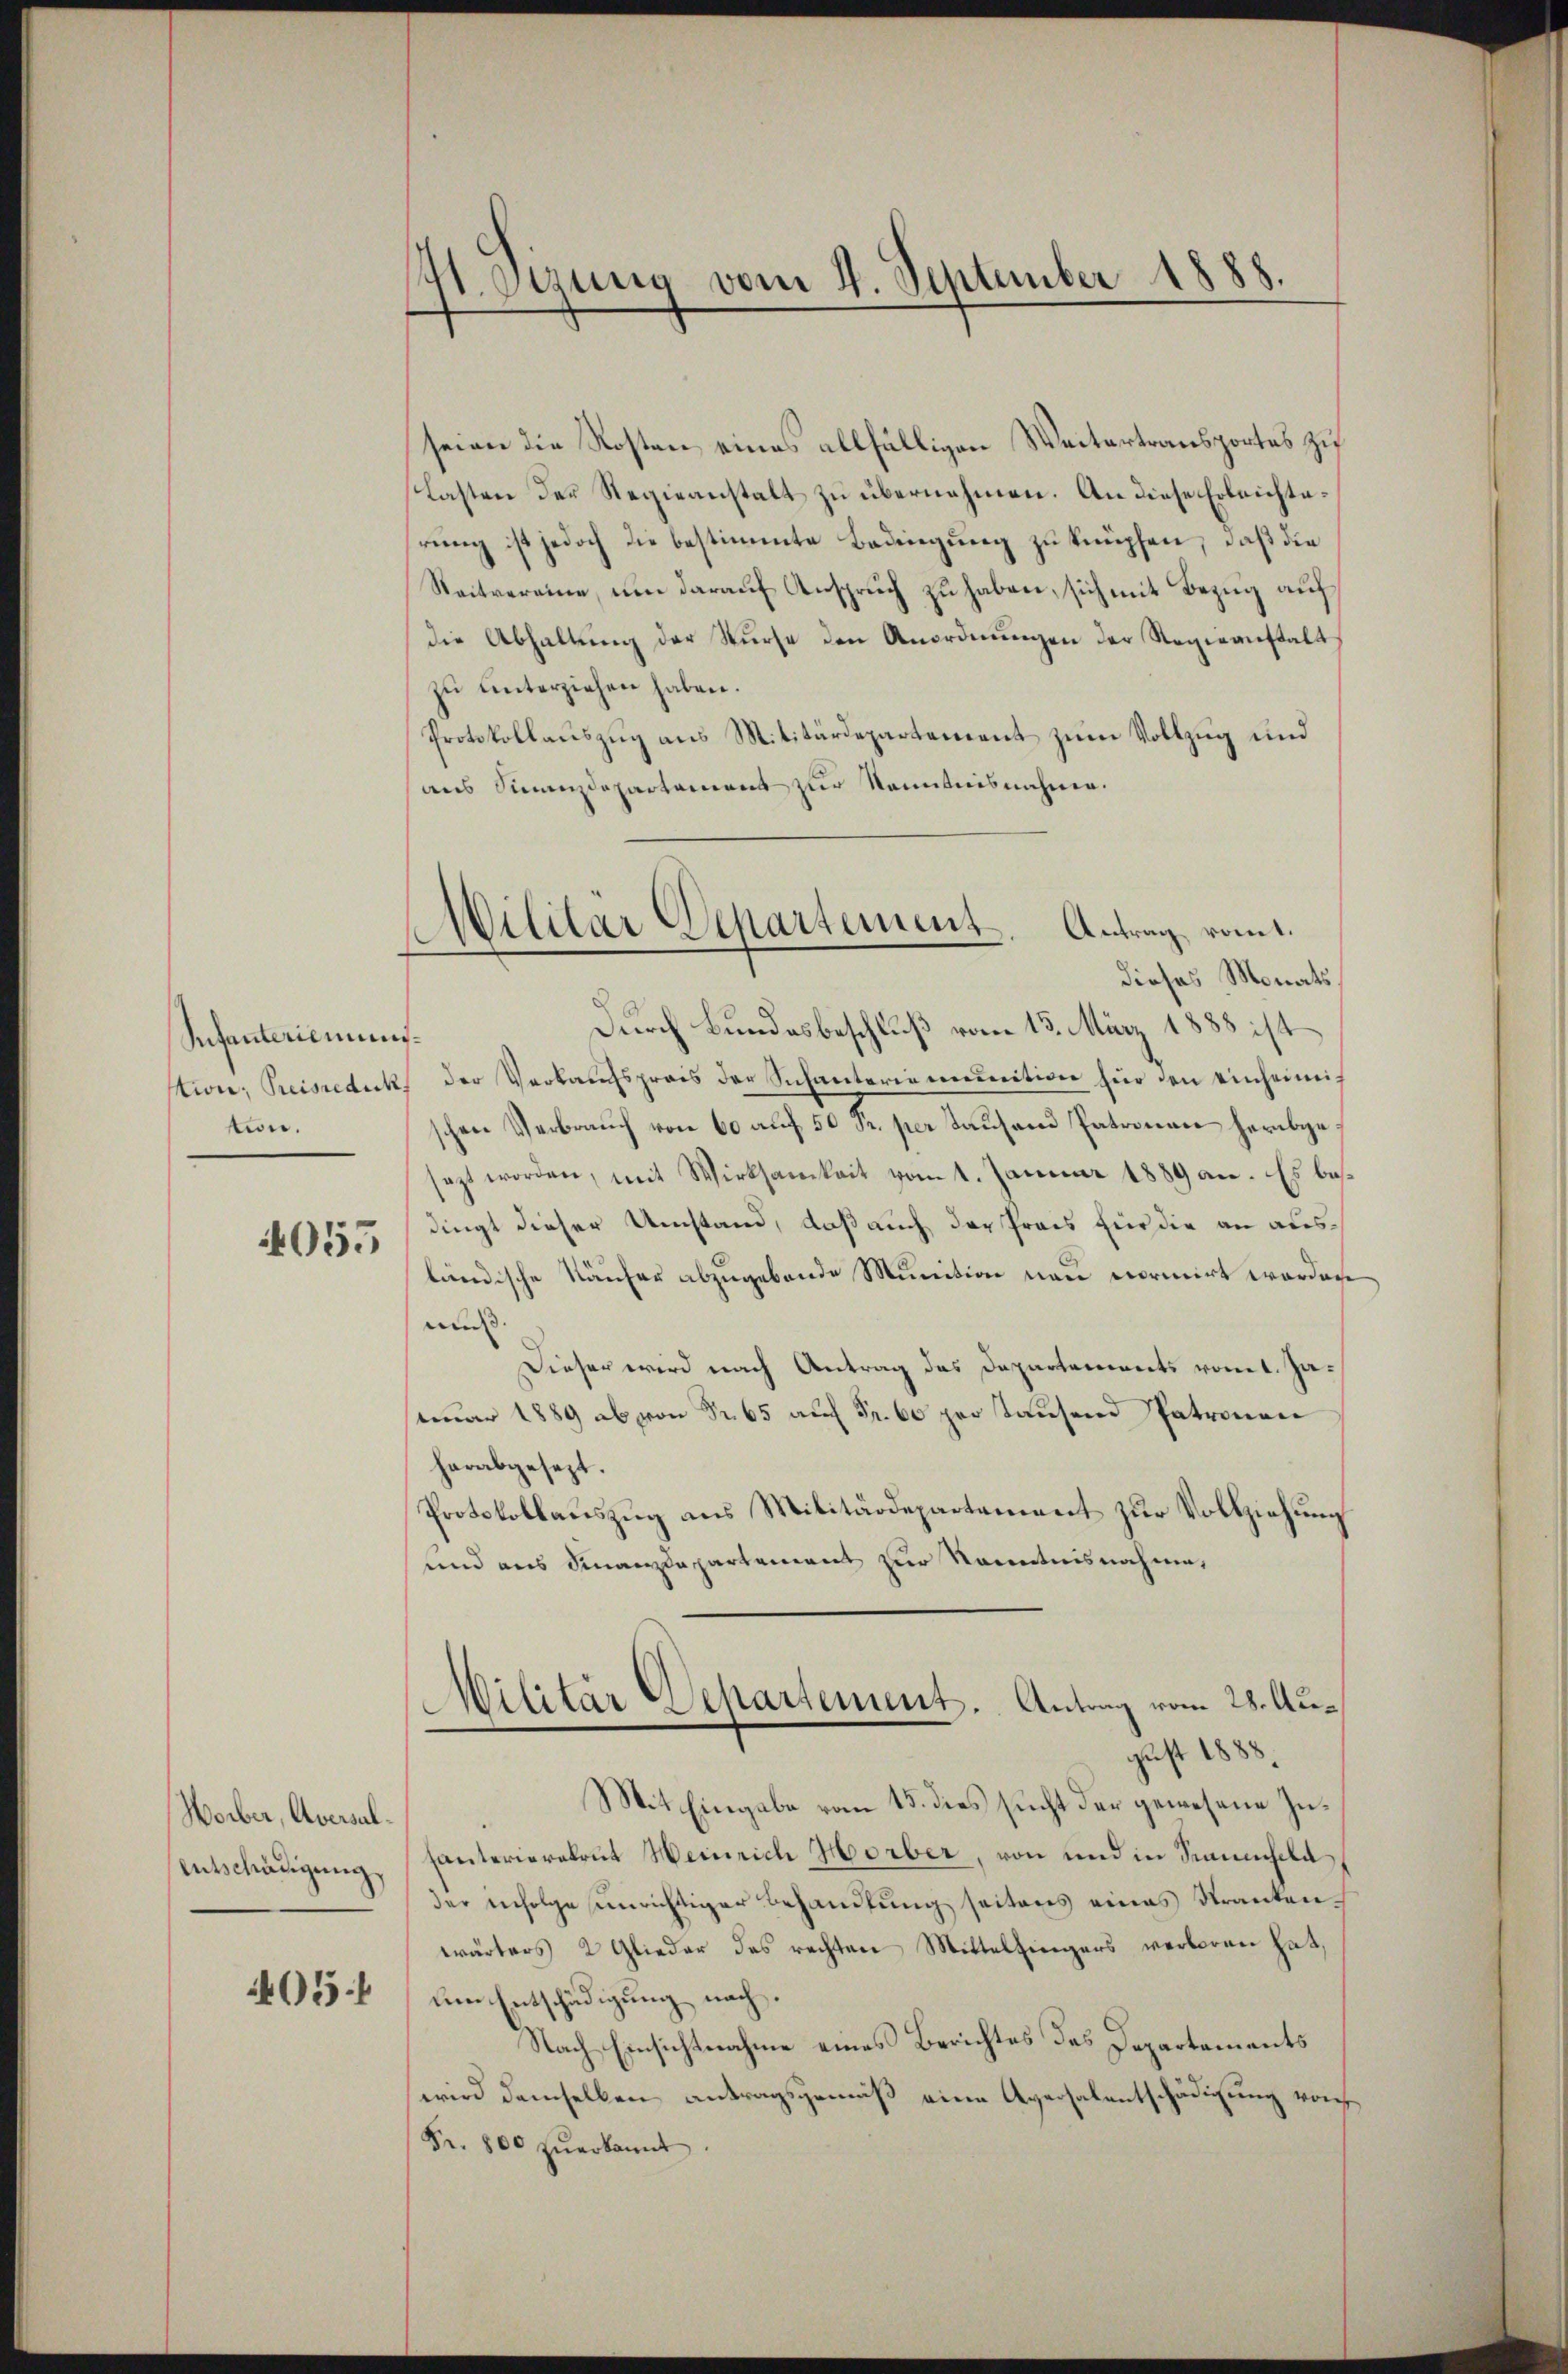
Infanterienun
stion, Preisreduck,
tion.

4055

Worber, Aversal.
Entschädigung,
405

h
1. Sizung vom 4. September 1888.

seien die Kosten eines allfälligen Weitertransportes zu
lasten der Regieanstalt zu übernehmen. An diese Erleichterung ist jedoch die bestimmte Bedingung zu knüpfen, daß die
Reitvereine, um darauf Anspruch zu haben, sich mit Bezug auf
die Abhaltŭng der Surse den Anordnŭngen der Regieanstalt
zu unterziehen haben.
Protokollauszug aus Militärdepartement zum Vollzug und
aus Sinanzdepartament zur Kenntnisnahme.

Militar Departement. Antrag romt.
dieses Monats¬

Durch Bundesbeschluß vom 13. März 1888 ist
¬
der Verkaufspreis der Schanterie munition für den einheimis
schen Verbrauch von 60 auf 50 kr. per Tausend Patronau herabgesezt worden, mit Wirksamkeit vom 1. Januar 1889 an. Es besdingt dieser Umstand, daß auch der Preis für die an ausländische Käufer abzugebende Munition neu vormirt worden
mis.
Dieser wird nach Antrag des Departements vom 1. Jaeruar 1889 ab von Fr. 65 auf Fr. 60 per tausen Patronen
herabgesezt.
Protokollauszug aus Militärdepartement zur Vollziehung
und aus Finanzdepartement zur Kenntnisnahme,
Militär Departement. Antrag vom 28. August 1888.
Mit Eingabe vom 15. dies sucht der gewesene Insanterierekrut Weinrich Horber, von und in Raumeld
der infolge unrichtiger Behandlung seitens eines Krankenwärters 2 Glieder des rechten Mittelfingers verboren hat,
um Entschädigung nach.
Nach Einsichtnahme eines Berichtes des Departements
wird demselben antragsgemäß eine Aversalentschädigung von
Fr. 800 zŭerkannt.